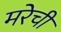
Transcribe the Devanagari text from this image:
मरेची